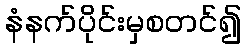
နံနက်ပိုင်းမှစတင်၍